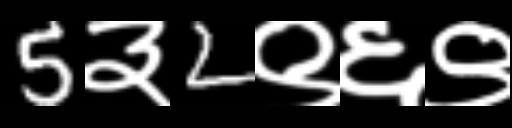
Text: 5३2९६९